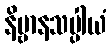
နိဗ္ဗာနသပ္ပါယံ